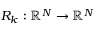
R _ { k } : \mathbb { R } ^ { N } \rightarrow \mathbb { R } ^ { N }